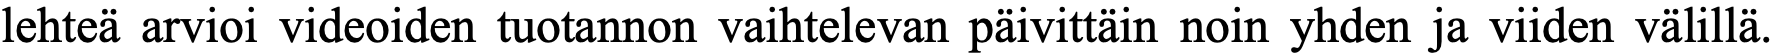
lehteä arvioi videoiden tuotannon vaihtelevan päivittäin noin yhden ja viiden välillä.